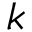
k